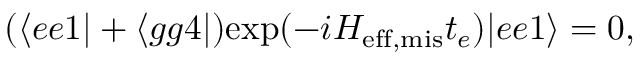
( \langle e e 1 | + \langle g g 4 | ) \mathrm { e x p } ( - i H _ { \mathrm { e f f , m i s } } t _ { e } ) | e e 1 \rangle = 0 ,